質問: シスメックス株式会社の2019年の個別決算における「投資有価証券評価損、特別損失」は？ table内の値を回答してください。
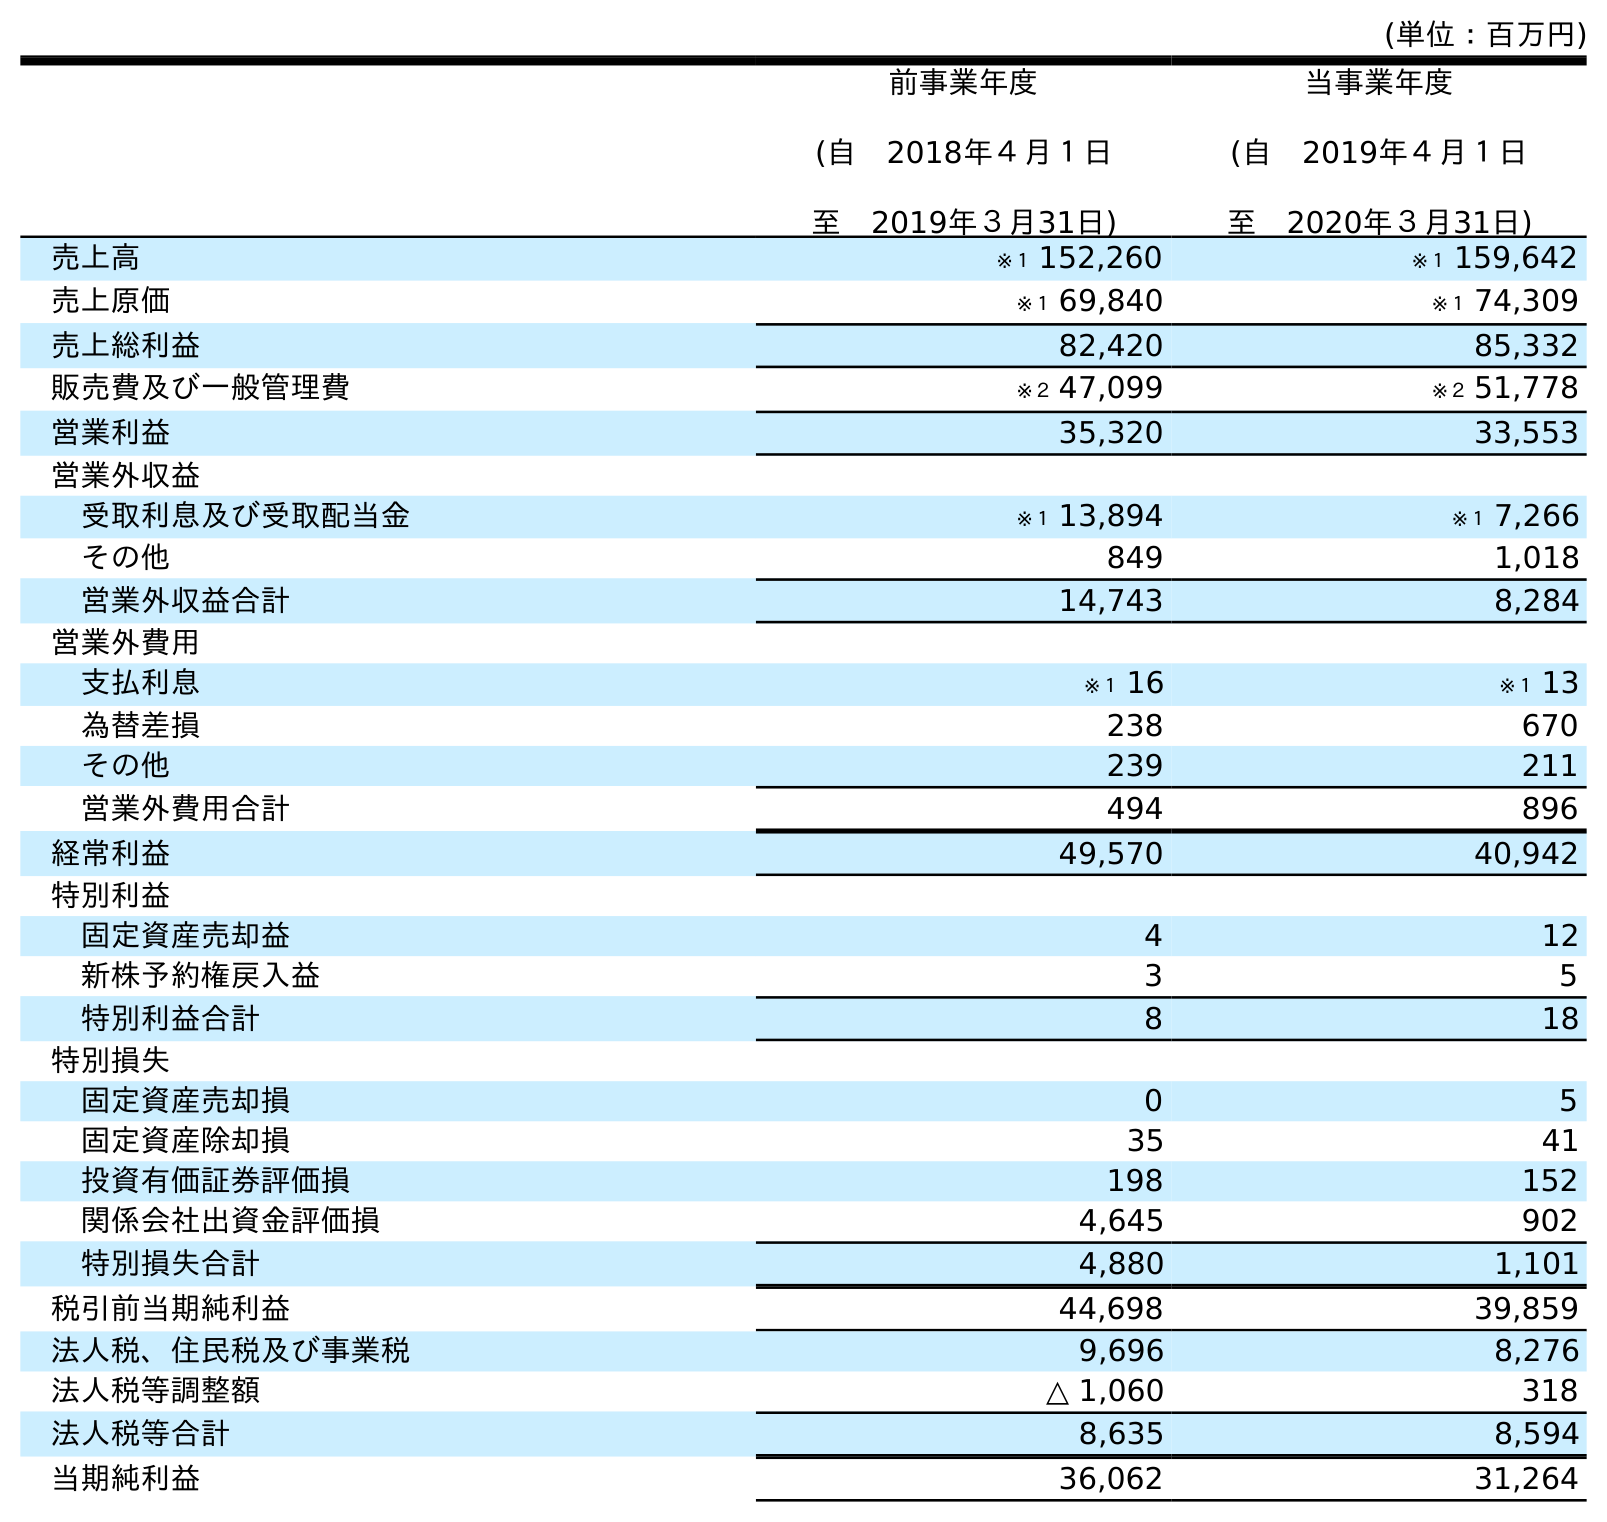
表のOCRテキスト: (単位：百万円) 前事業年度 (自 2018年４月１日 至 2019年３月31日) 当事業年度 (自 2019年４月１日 至 2020年３月31日) 売上高 ※１ 152,260 ※１ 159,642 売上原価 ※１ 69,840 ※１ 74,309 売上総利益 82,420 85,332 販売費及び一般管理費 ※２ 47,099 ※２ 51,778 営業利益 35,320 33,553 営業外収益 受取利息及び受取配当金 ※１ 13,894 ※１ 7,266 その他 849 1,018 営業外収益合計 14,743 8,284 営業外費用 支払利息 ※１ 16 ※１ 13 為替差損 238 670 その他 239 211 営業外費用合計 494 896 経常利益 49,570 40,942 特別利益 固定資産売却益 4 12 新株予約権戻入益 3 5 特別利益合計 8 18 特別損失 固定資産売却損 0 5 固定資産除却損 35 41 投資有価証券評価損 198 152 関係会社出資金評価損 4,645 902 特別損失合計 4,880 1,101 税引前当期純利益 44,698 39,859 法人税、住民税及び事業税 9,696 8,276 法人税等調整額 △ 1,060 318 法人税等合計 8,635 8,594 当期純利益 36,062 31,264
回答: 198